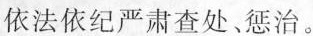
依法依纪严肃查处、惩治。